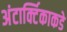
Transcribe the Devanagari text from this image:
अंटार्क्टिकाकडे